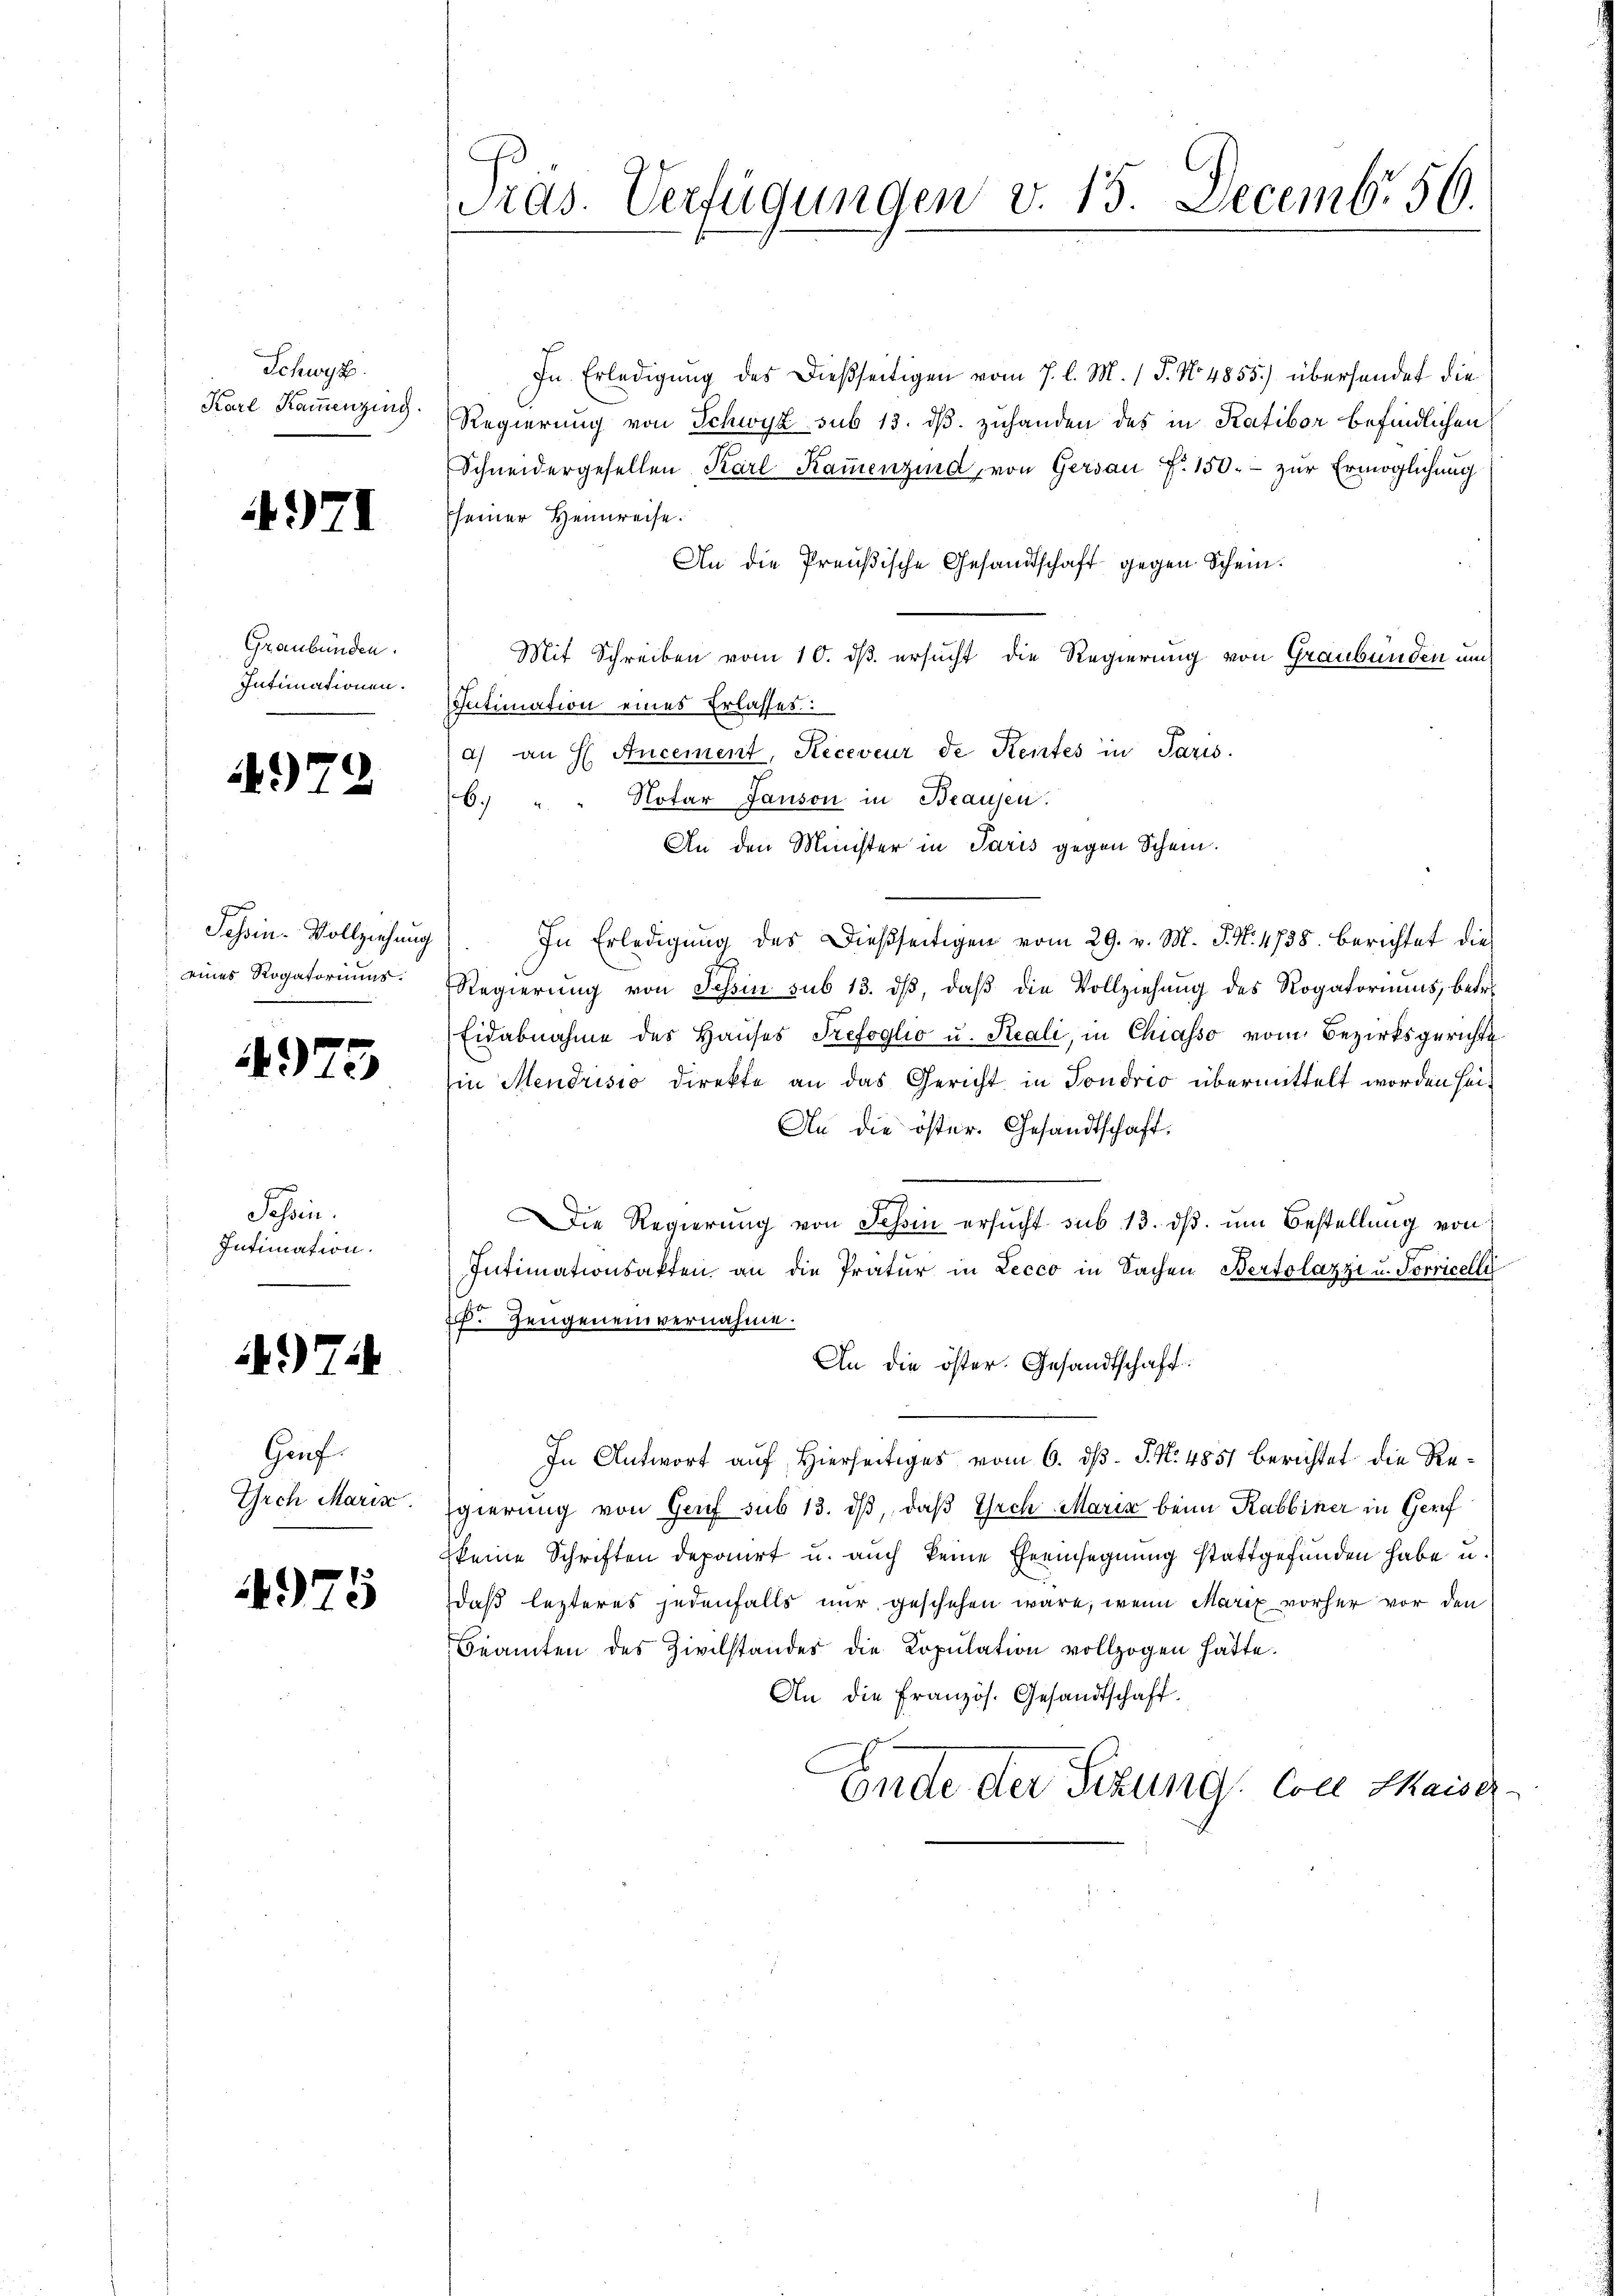
Schwyz.
Karl Kammenzing.

4971

Graubünden.
Intimationen.

979

f
Schön-Vollziehung
eines Rogatoriums.

4975

Schrie
Intimation.

)

1

Gauf.
Grch Maris.

4925

ras. Verfügungen v. 15. Decembr 50.

In Erledigung des dießseitigen vom 7. l. M. 1 P. No 4855.) übersendet die
Regierung von Schwyz sub 13. dβ zuhanden des in Katibor befindlichen
Schneidergesellen Karl Kaṁenzind, von Gersau f. 150.- zur Ermöglichung
sseiner Heinreise.
An die Preußische Gesandtschaft gegen Schein.
Mit Schreiben vom 10. ds. ersucht die Regierung von Graubünden un
Intimation eines Erlasses.
a) an H. Ancement, Receveur de Kentes in Paris.
Notar Janson in Beausen.
69
An den Minister in Paris gegen Schein.
In Erledigŭng des dießseitigen vom 29. v. M. J. N. 4738. berichtet die
Regierung von Tessin sub 13. dβ, daß die Vollziehung des Rogatoriums, betre
Eidabnahme des Haŭses Trefoglio u. Reali, in Chiasso vom Bezirksgerichte
in Mendrisio direkte an das Gericht in Sondrio übermittelt worden sei¬
An die öster. Gesandtschaft.
ie Regierŭng von Schin ersŭcht sub 13. dβ ŭm Bestellung von
Intimationsakten an die Pratur in Lecco in Sachen Bertolazzi u. Porricelle
2. Zeugeneinvernahme.
An die öster. Gesandtschaft:
In Antwort auf Hierseitiges vom 6. d. J. N. 4851 berichtet die Regierung von Genf sub 13. ds, daß Grch Maria beim Rabbiner in Gerf
keine Schriften deponirt u. auch keine Eheeinsegnung stattgefunden habe u.
daß lezteres jedenfalls nur geschehen wäre, wenn Marix vorher vor den
Beamten des Zivilstandes die Kopulation vollzogen hätte.
An die Französ. Gesandtschaft.
Ende der Sizung von Maisc